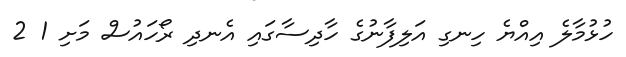
ހުޅުމާލެ އިއްޔެ ހިނގި އަލިފާނުގެ ހާދިސާގައި އެނދި ރޯހައުސް މަށި 1 2